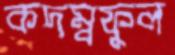
কদম্বফুল